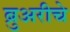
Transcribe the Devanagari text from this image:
ब्रुअरीचे